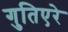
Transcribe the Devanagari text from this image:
गुतिएरे